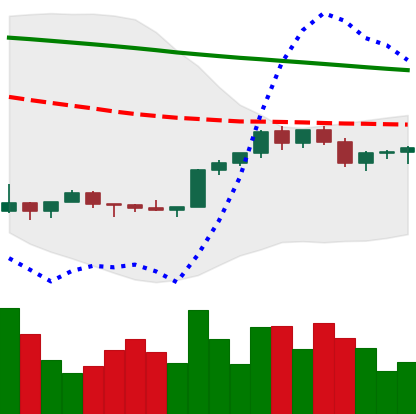
Ticker: XMR-USD
Chart end date: 2022-02-14
Forward return: -8.513%
Label: down_7plus